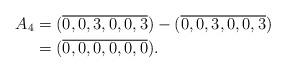
LaTeX: \begin{align*}A_4 &= (\overline{0,0,3,0,0,3} ) - (\overline{0,0,3,0,0,3} ) \\ & = (\overline{0,0,0,0,0,0} ). \end{align*}